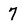
Character: 7